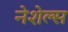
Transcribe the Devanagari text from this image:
नेशेल्स